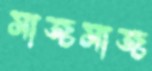
সাজসাজ